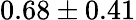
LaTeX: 0.68\pm 0.41